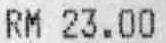
RM 23.00